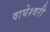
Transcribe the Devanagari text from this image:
वाघेश्वरी